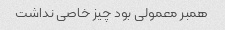
همبر معمولی بود چیز خاصی نداشت